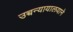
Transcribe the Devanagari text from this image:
उच्चन्यायालयाने